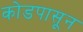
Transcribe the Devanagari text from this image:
कोडपासून